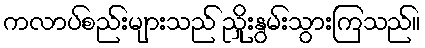
ကလာပ်စည်းများသည် ညှိုးနွမ်းသွားကြသည်။